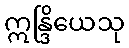
ဣန္ဒြိယေသု